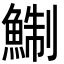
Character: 鯯